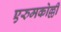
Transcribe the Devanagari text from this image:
एरुमकोल्ली